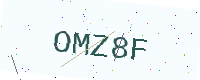
Text: OMZ8F